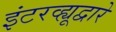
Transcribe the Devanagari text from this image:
इंटरव्ह्यूद्वारे